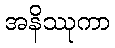
အနိဿုကာ